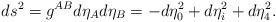
LaTeX: \begin{align*}ds^2 = g^{AB}d\eta_A d\eta_B = -d\eta_0^2 + d\eta_i^2 + d\eta_4^2.\end{align*}